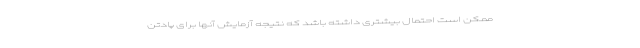
ممکن است احتمال بیشتری داشته باشد که نتیجه آزمایش آنها برای پادتن